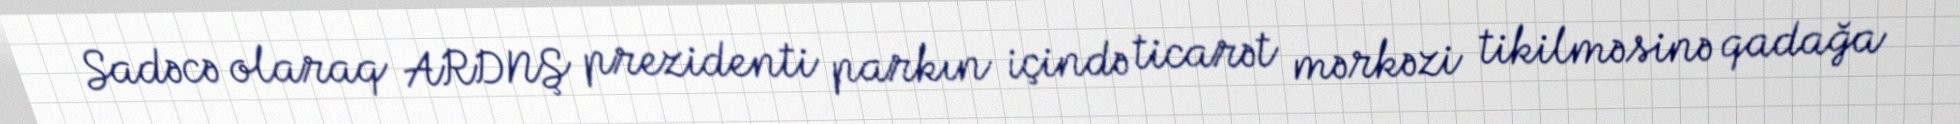
Sadəcə olaraq ARDNŞ prezidenti parkın içində ticarət mərkəzi tikilməsinə qadağa